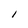
Character: l